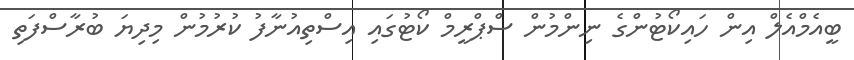
ބީއެމްއެލް އިން ހައިކޯޓުންގެ ނިންމުން ސްޕްރީމް ކޯޓުގައި އިސްތިއުނާފު ކުރުމުން މިދިޔަ ބުރާސްފަތި